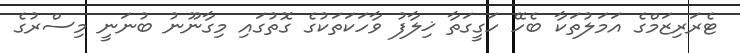
ޓެރަރިޒަމްގެ އަމަލުތަކާ ބެހޭ ހަގީގަތާ ޚިލާފު ވާހަކަތަކުގެ ގޮތުގައި މިގާނޫނު ބުނަނީ މިސްރުގެ